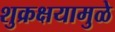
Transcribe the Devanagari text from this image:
शुक्रक्षयामुळे